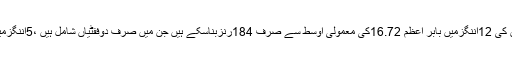
گزشتہ ٹیسٹ کیلنڈرایئر کے دوراان چھ ٹیسٹ میچوں کی 12اننگزمیں بابر اعظم 16.72کی معمولی اوسط سے صرف 184رنزبناسکے ہیں جن میں صرف دوففٹیاں شامل ہیں ،5اننگزمیں تو وہ کوئی رن بنائے بغیر ہی آﺅٹ ہوگئے تھے ۔